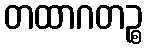
တထာဂတဉ္စ